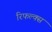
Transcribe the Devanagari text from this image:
रिफल्क्स